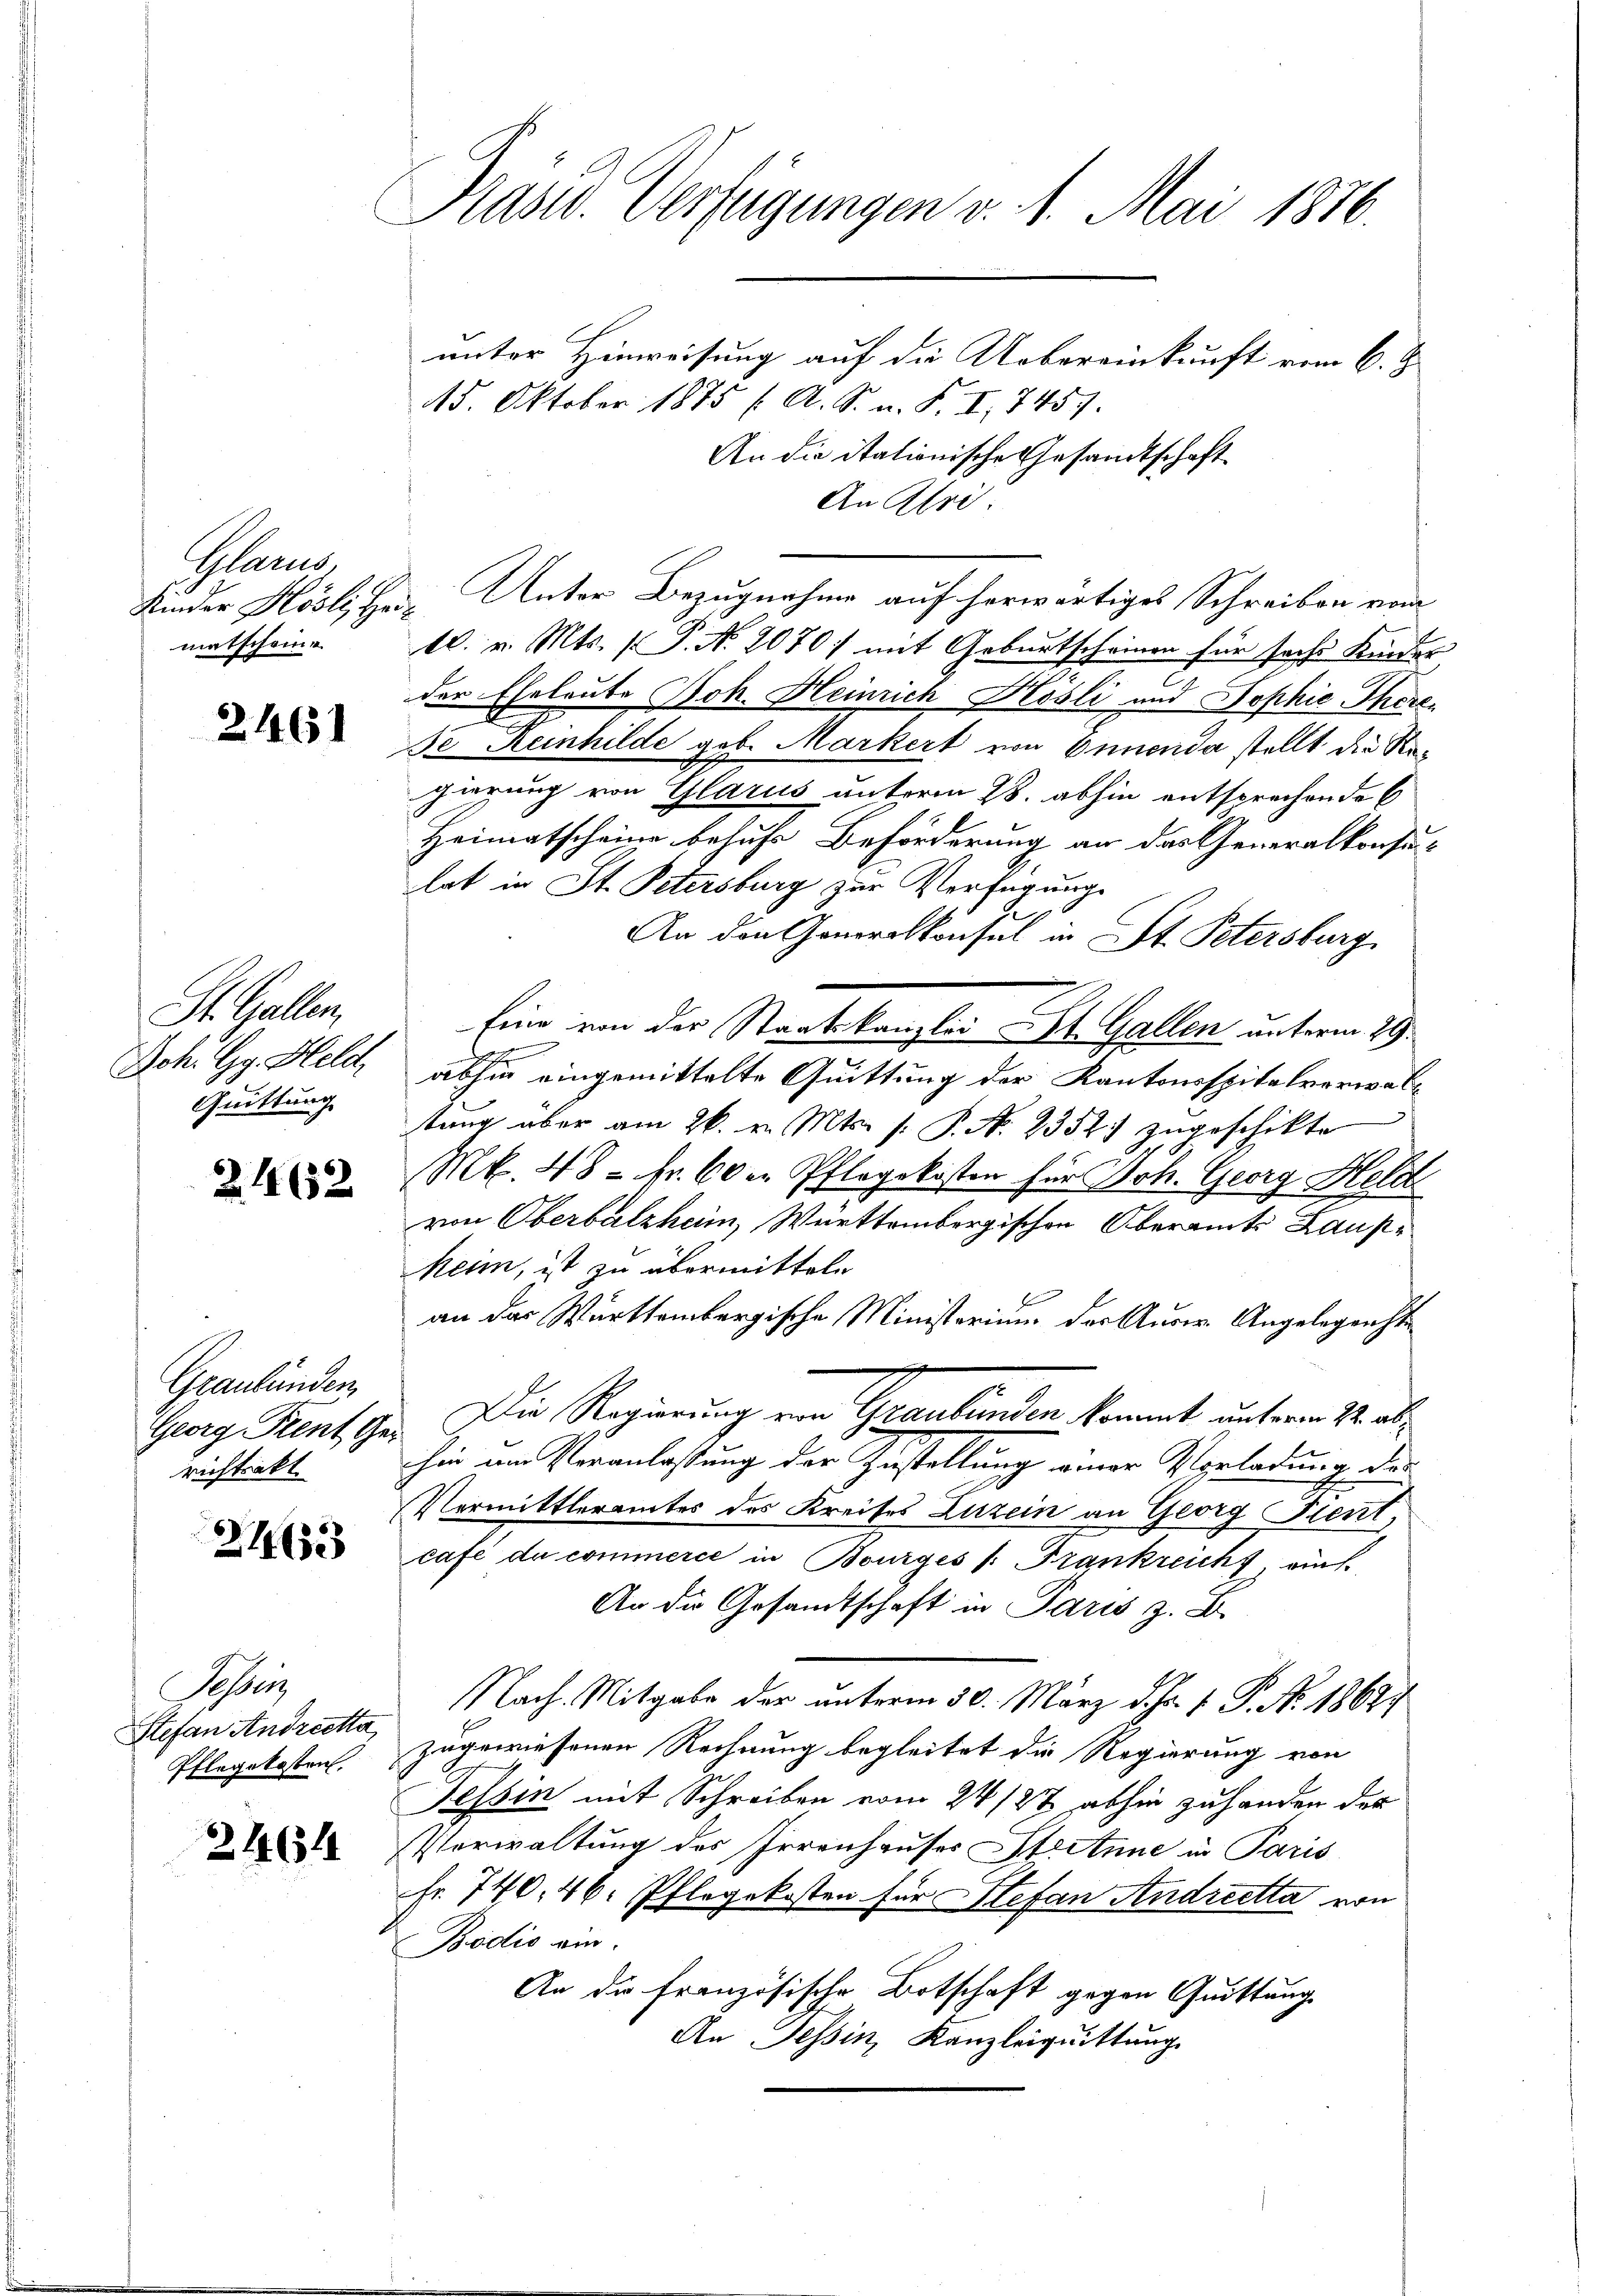
Glland,
matscheine

2461

St. Gallen,
Joh. Gg. Held,
Quittung

Z. 1652

Graubünden
richtsakt

2163

Sehen
Stefan Andrechts
Pflegekosten.

2464

Präsid. Verfügungen v. 1. Mai 1816.

unter Hinweisung auf die Uebereinkunft vom 6. J
15. Oktober 1875 f. A. S. n. F. I. 7457.
An die itationische Gesandtschaft
An Ulri
Kinder Kösli Herr Unter Bezugnahme auf herwärtiges Schreiben vom
10. v. Mts. (T. N. 2070) mit Geburtscheinen für sechs Kindes
der Eheleute Joh. Heinrich Kösli und Sophie There
de Reinhilde geb. Markert von Ennenda stellt die Regierung von Glarus unterm 28. abhin entsprechende C
Heimatscheine behuhr Beförderung an das Generalkonsu-
lat in St. Petersburg zur Verfügung
An den Generalkonsul in St. Petersburg
Eine von der Staatskanzlei St. Gallen unterm 29.
h
l
abhin eingemittelte Quittung der Kantonsspitalverwalstung über am 26. v. Mts. (: P. N. 2352) zugeschikte
Mt. 48 - Fr. 60 er Pflegekosten für Joh. Georg Held
von Oberbalzheim, Württembergischen Oberamts Laupheim, ist zu übermitteln
an das Württembergische Ministerium der Ausw. Angelegenste
Georg Kent, Ges. Die Regierung von Graubünden kommt unterm 2. absie am Veranlassung der Zustellung einer Vorladung der
Vormittleramtes des Kreises Zizein an Georg Stent,
café du commerce in Bourges /: Frankreicht, auf
An die Gesandtschaft in Paris z. B.
Nach. Mitgabe der unterm 30. März d. Js. v. P. Nr. 18627
zugewiesenen Rechnung begleitet die Regierung von
Tessin mit Schreiben vom 24/27 abhin zuhanden der
Verwaltung des Irrenhauses Stertune in Paris
Fr. 740. 46. Pflegekosten für Stefan Andreetta von
Bodis ein.
An die französische Botschaft gegen Quittung
An Tessin, Kanzleiquittung